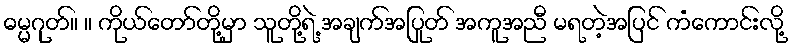
ဓမ္မဂုတ်။ ။ ကိုယ်တော်တို့မှာ သူတို့ရဲ့ အချက်အပြုတ် အကူအညီ မရတဲ့အပြင် ကံကောင်းလို့